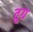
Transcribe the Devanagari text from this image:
तुग्र